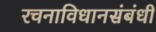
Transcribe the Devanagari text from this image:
रचनाविधानसंबंधी